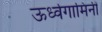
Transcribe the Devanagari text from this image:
ऊर्ध्वगामिनी